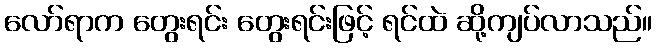
လော်ရာက တွေးရင်း တွေးရင်းဖြင့် ရင်ထဲ ဆို့ကျပ်လာသည်။